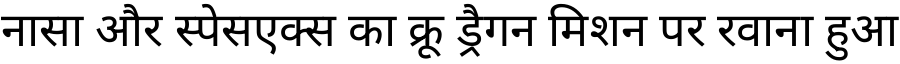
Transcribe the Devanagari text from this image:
नासा और स्पेसएक्स का क्रू ड्रैगन मिशन पर रवाना हुआ